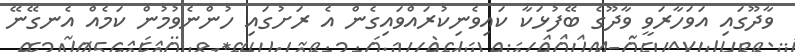
ވާދޫގައި އަވަހާރަވީ ވާދޫގެ ބޭފުޅަކާ ކައިވެނިކުރައްވައިގެން އެ ރަށުގައި ހުންނެވުމުން ކަމެއް އެނގޭނޭ